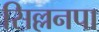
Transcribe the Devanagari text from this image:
सिल्लनपा